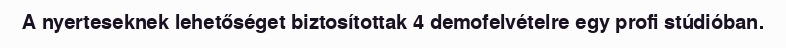
A nyerteseknek lehetőséget biztosítottak 4 demofelvételre egy profi stúdióban.